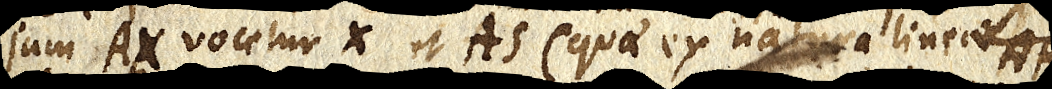
AX vocetur X et AS (quae ex natura lineae AR